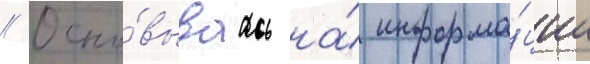
// Осно́вываась на́ информа́ции